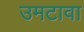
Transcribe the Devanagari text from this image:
उमटावा